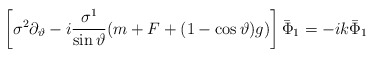
\begin{align*}\left[ \sigma ^2\partial _\vartheta -i\frac{\sigma ^1}{\sin\vartheta }(m+F+(1-\cos \vartheta )g)\right] \bar \Phi _1=-ik\bar \Phi _1\end{align*}